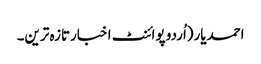
احمدیار(اُردو پوائنٹ اخبارتازہ ترین۔